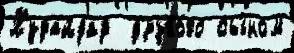
Худайдад  друго́го сы́ном